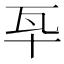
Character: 𤬧